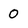
Character: O